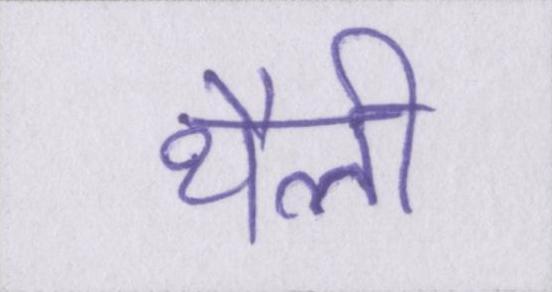
थैली